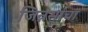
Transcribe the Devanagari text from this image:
जिन्नसांचा